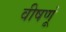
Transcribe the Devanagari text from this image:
वीषणूं